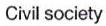
Civil society